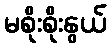
မစိုးစိုးနွယ်